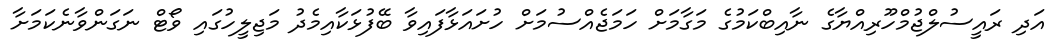
އަދި ރައީސުލްޖުމްހޫރިއްޔާގެ ނާއިބްކަމުގެ މަގާމަށް ހަމަޖެއްސުމަށް ހުށައަޅާފައިވާ ބޭފުޅަކާއިމެދު މަޖިލީހުގައި ވޯޓް ނަގަންވާނެކަމަށާ